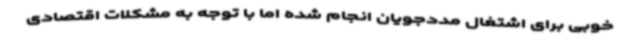
خوبی برای اشتغال مددجویان انجام شده اما با توجه به مشکلات اقتصادی